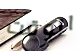
الوقت